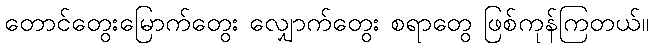
တောင်တွေးမြောက်တွေး လျှောက်တွေး စရာတွေ ဖြစ်ကုန်ကြတယ်။